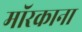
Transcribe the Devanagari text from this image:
मॉरकाना